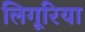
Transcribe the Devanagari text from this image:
लिगूरिया